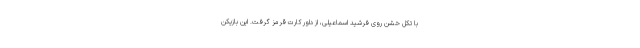
با تکل خشن روی فرشید اسماعیلی، از داور کارت قرمز گرفت. این بازیکن